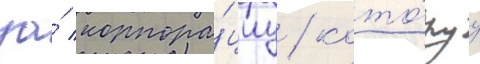
за́ корпора́циу / кото́руу